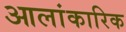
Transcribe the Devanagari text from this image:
आलांकारिक